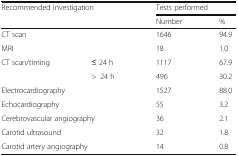
| <ROWSPAN=2-COLSPAN=2> Recommended investigation | <COLSPAN=2> Tests performed |
 | Number | % |
 | --- | --- | --- | --- |
 | <COLSPAN=2> CT scan | 1646 | 94.9 |
 | <COLSPAN=2> MRI | 18 | 1.0 |
 | <ROWSPAN=2> CT scan/timing | ≤ 24 h | 1117 | 67.9 |
 | >24 h | 496 | 30.2 |
 | <COLSPAN=2> Electrocardiography | 1527 | 88.0 |
 | <COLSPAN=2> Echocardiography | 55 | 3.2 |
 | <COLSPAN=2> Cerebrovascular angiography | 36 | 2.1 |
 | <COLSPAN=2> Carotid ultrasound | 32 | 1.8 |
 | <COLSPAN=2> Carotid artery angiography | 14 | 0.8 |